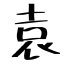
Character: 袁